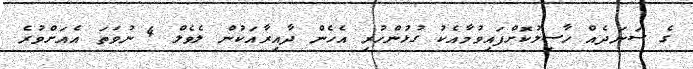
ގެ ސަނަދެއް ހާސިލުކޮށްފައިވުމާއެކު ގުޅުންހުރި އެހެން ދާއިރާއަކުން ލެވެލް 4 ނުވަތަ އެއަށްވުރެ